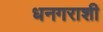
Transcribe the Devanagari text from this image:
धनगराशी